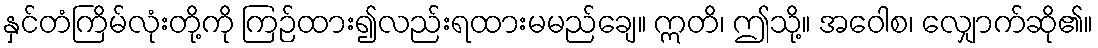
နှင်တံကြိမ်လုံးတို့ကို ကြဉ်ထား၍လည်းရထားမမည်ချေ။ ဣတိ၊ ဤသို့။ အဝေါစ၊ လျှောက်ဆို၏။